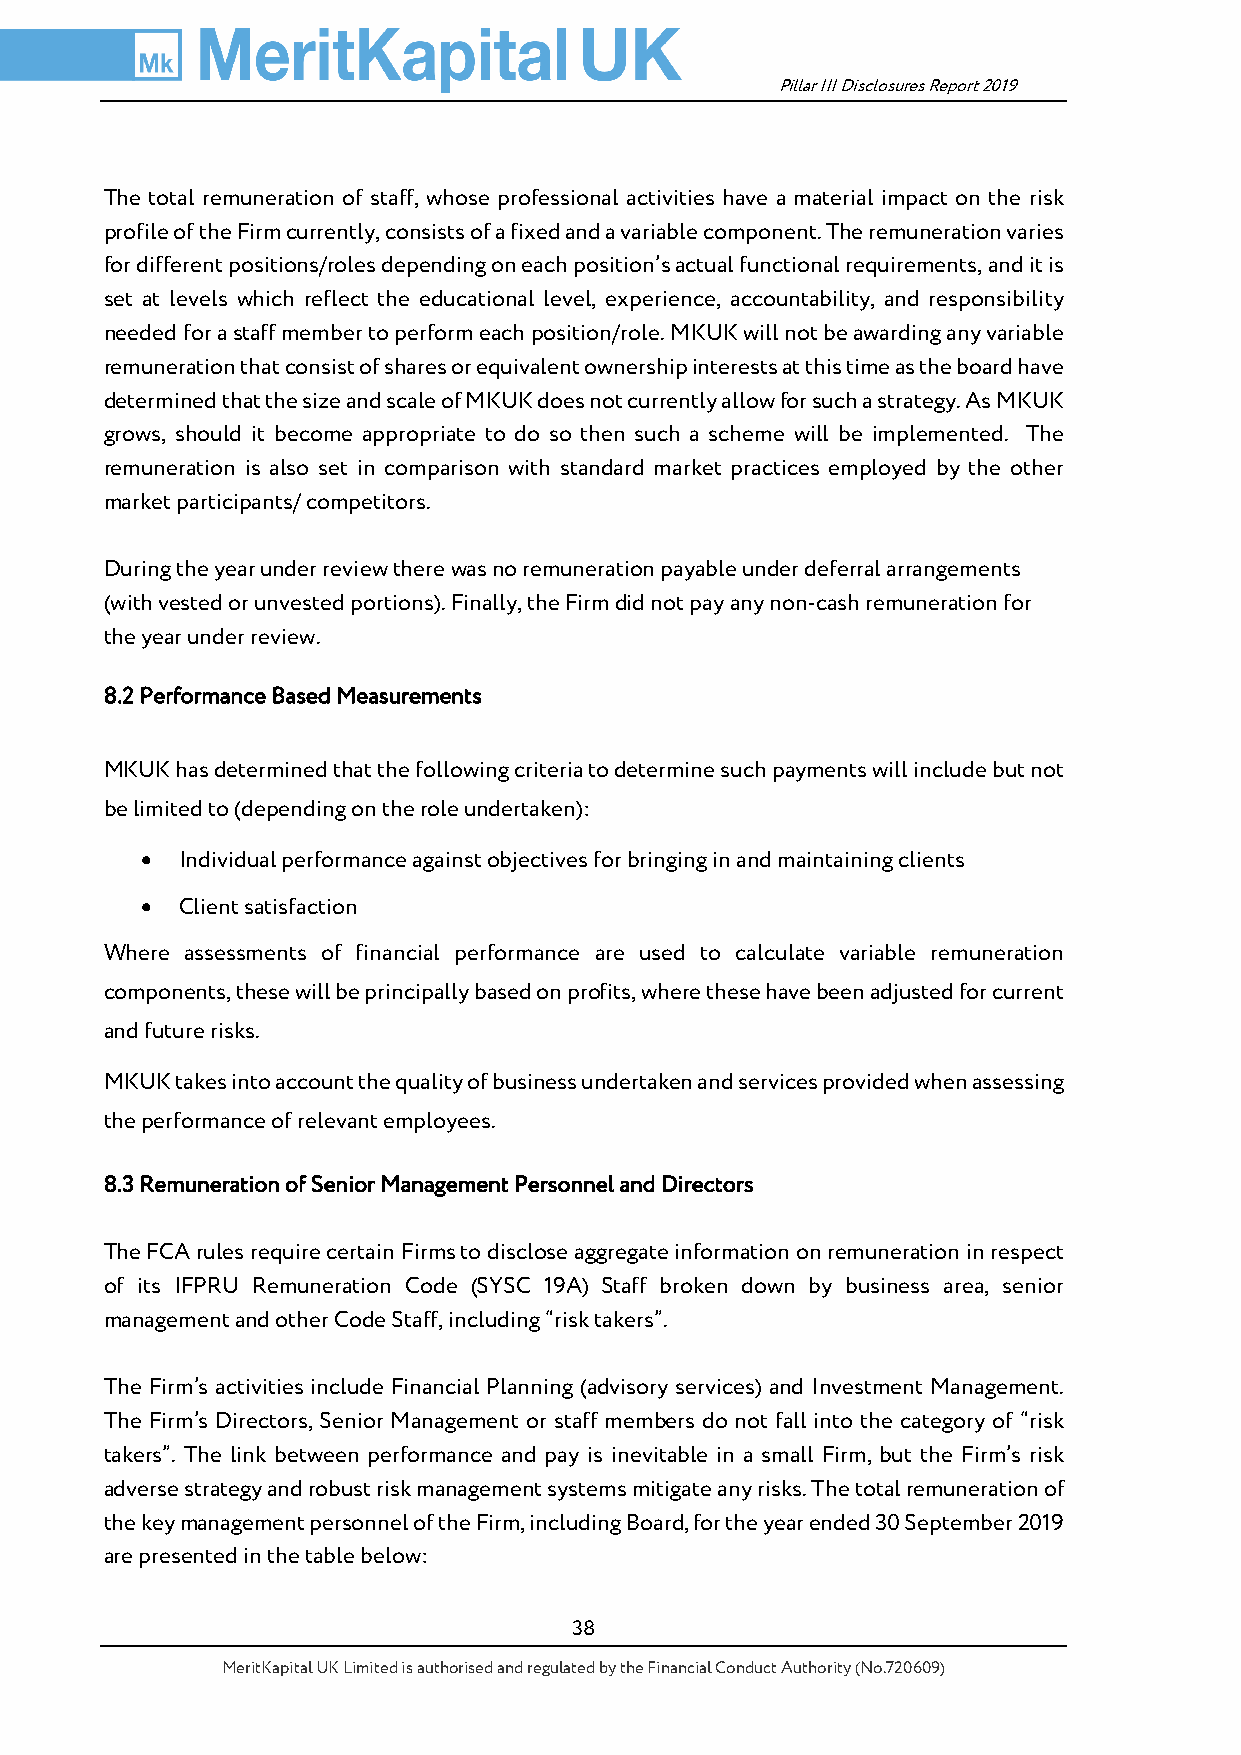
Pillar III Disclosures Report 2019
 The total remuneration of staff, whose professional activities have a material impact on the risk
 profile of the Firm currently, consists of a fixed and a variable component. The remuneration varies
 for different positions/roles depending on each position’s actual functional requirements, and it is
 set at levels which reflect the educational level, experience, accountability, and responsibility
 needed for a staff member to perform each position/role. MKUK will not be awarding any variable
 remuneration that consist of shares or equivalent ownership interests at this time as the board have
 determined that the size and scale of MKUK does not currently allow for such a strategy. As MKUK
 grows, should it become appropriate to do so then such a scheme will be implemented. The
 remuneration is also set in comparison with standard market practices employed by the other
 market participants/ competitors.
 During the year under review there was no remuneration payable under deferral arrangements
 (with vested or unvested portions). Finally, the Firm did not pay any non-cash remuneration for
 the year under review.
 8.2 Performance Based Measurements
 MKUK has determined that the following criteria to determine such payments will include but not
 be limited to (depending on the role undertaken):
 •  Individual performance against objectives for bringing in and maintaining clients
 •  Client satisfaction
 Where assessments of financial performance are used to calculate variable remuneration
 components, these will be principally based on profits, where these have been adjusted for current
 and future risks.
 MKUK takes into account the quality of business undertaken and services provided when assessing
 the performance of relevant employees.
 8.3 Remuneration of Senior Management Personnel and Directors
 The FCA rules require certain Firms to disclose aggregate information on remuneration in respect
 of its IFPRU Remuneration Code (SYSC 19A) Staff broken down by business area, senior
 management and other Code Staff, including “risk takers”.
 The Firm’s activities include Financial Planning (advisory services) and Investment Management.
 The Firm’s Directors, Senior Management or staff members do not fall into the category of “risk
 takers”. The link between performance and pay is inevitable in a small Firm, but the Firm’s risk
 adverse strategy and robust risk management systems mitigate any risks. The total remuneration of
 the key management personnel of the Firm, including Board, for the year ended 30 September 2019
 are presented in the table below:
 38
 MeritKapital UK Limited is authorised and regulated by the Financial Conduct Authority (No.720609)